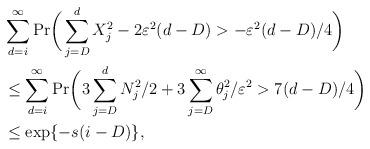
LaTeX: \begin{align*}&\sum_{d=i}^{\infty}\mathrm{Pr}\bigg{(}\sum_{j=D}^{d}X_{j}^{2} -2\varepsilon^2 (d-D) > -\varepsilon^2 (d-D) / 4 \bigg{)} \\&\leq \sum_{d=i}^{\infty}\mathrm{Pr}\bigg{(} 3\sum_{j=D}^{d}N_{j}^2/2 + 3 \sum_{j=D}^{\infty}\theta_{j}^2/\varepsilon^2> 7(d-D)/4 \bigg{)} \\&\leq \exp\{-s(i-D)\},\end{align*}